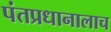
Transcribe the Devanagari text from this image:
पंतप्रधानालाच